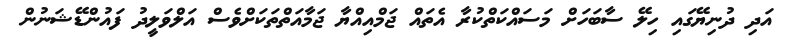
އަދި ދުނިޔޭގައި ހިލޭ ސާބަހަށް މަސައްކަތްކުރާ އެތައް ޖަމްއިއްޔާ ޖަމާއަތްތަކަށްވެސް އަލްވަލީދު ފައުންޑޭޝަނުން